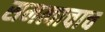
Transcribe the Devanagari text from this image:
समत्वाचाच